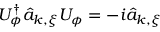
U _ { \phi } ^ { \dagger } \hat { a } _ { { \boldsymbol k } , { \boldsymbol \xi } } U _ { \phi } = - i \hat { a } _ { { \boldsymbol k } , { \boldsymbol \xi } }